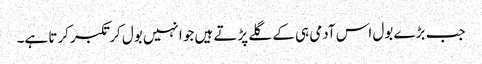
جب بڑے بول اس آدمی ہی کے گلے پڑتے ہیں جو انہیں بول کر تکبر کرتا ہے۔